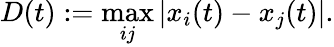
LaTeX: D(t):=\operatorname*{max}_{ij}|x_{i}(t)-x_{j}(t)|.